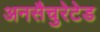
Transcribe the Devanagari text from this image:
अनसैचुरेटेड